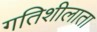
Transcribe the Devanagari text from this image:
गतिशीलाता